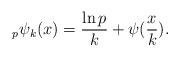
LaTeX: \begin{align*} _{p}\psi_{k}(x)=\frac{\ln p}{k}+\psi(\frac{x}{k}). \end{align*}